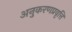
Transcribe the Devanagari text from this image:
अनुकरणप्रवृत्ति